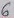
Text: 6